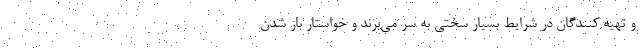
و تهیه کنندگان در شرایط بسیار سختی به سر می‌برند و خواستار باز شدن